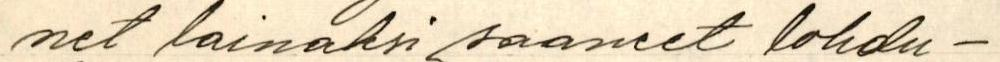
net lainaksi saaneet lohdu-